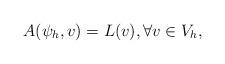
LaTeX: \begin{align*}A(\psi_h, v)=L(v), \forall v \in V_h,\end{align*}